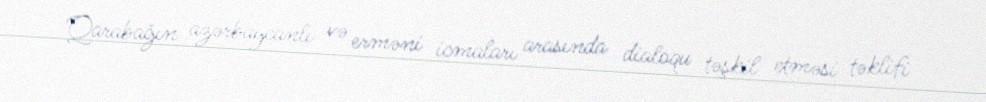
Qarabağın azərbaycanlı və erməni icmaları arasında dialoqu təşkil etməsi təklifi